Indian Civil Veterinary Department memoirs
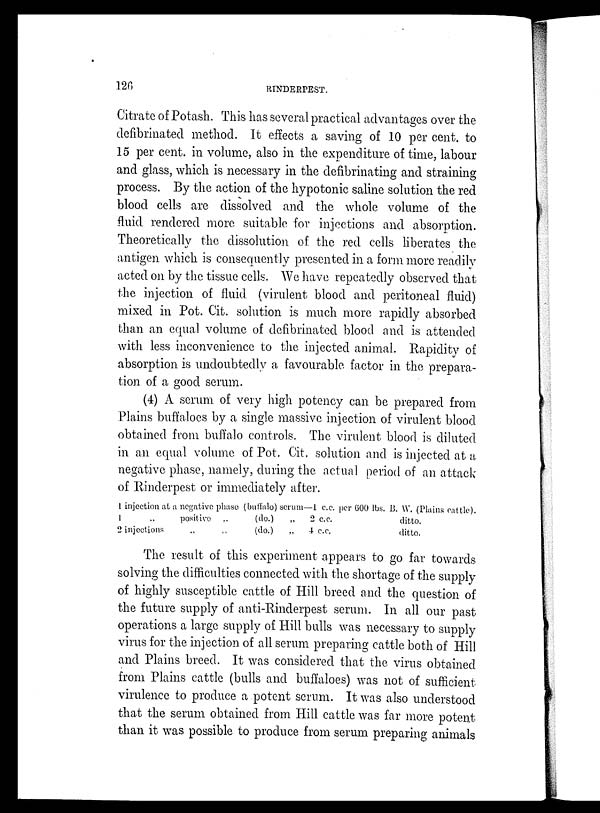
126
RINDERPEST.
Citrate of Potash. This has several practical advantages over the
defibrinated method. It effects a saving of 10 per cent. to
15 per cent. in volume, also in the expenditure of time, labour
and glass, which is necessary in the defibrinating and straining
process. By the action of the hypotonic saline solution the red
blood cells are dissolved and the whole volume of the
fluid rendered more suitable for injections and absorption.
Theoretically the dissolution of the red cells liberates the
antigen which is consequently presented in a form more readily
acted on by the tissue cells. We have repeatedly observed that
the injection of fluid (virulent blood and peritoneal fluid)
mixed in Pot. Cit. solution is much more rapidly absorbed
than an equal volume of defibrinated blood and is attended
with less inconvenience to the injected animal. Rapidity of
absorption is undoubtedly a favourable factor in the prepara-
tion of a good serum.
(4) A serum of very high potency can be prepared from
Plains buffaloes by a single massive injection of virulent blood
obtained from buffalo controls. The virulent blood is diluted
in an equal volume of Pot. Cit. solution and is injected at a
negative phase, namely, during the actual period of an attack
of Rinderpest or immediately after.
1 injection at a negative phase (buffalo) serum—1 c.c.
1
„
positive
„
(do.)
„
2 c.c.
2 injections
„
„
(do.)
„ 4 c.c.
per 600 lbs. B. W. (Plains cattle).
ditto.
ditto.
The result of this experiment appears to go far towards
solving the difficulties connected with the shortage of the supply
of highly susceptible cattle of Hill breed and the question of
the future supply of anti-Rinderpest serum. In all our past
operations a large supply of Hill bulls was necessary to supply
virus for the injection of all serum preparing cattle both of Hill
and Plains breed. It was considered that the virus obtained
from Plains cattle (bulls and buffaloes) was not of sufficient
virulence to produce a potent serum. It was also understood
that the serum obtained from Hill cattle was far more potent
than it was possible to produce from serum preparing animals